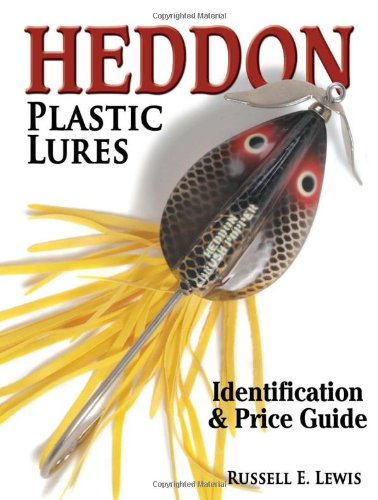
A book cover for Heddon Plastic Lures: Identification & Price Guide; Russell Lewis; Crafts, Hobbies & Home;